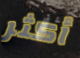
أكثر